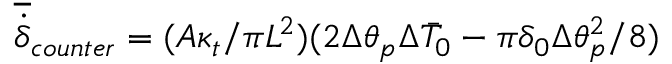
\overline { { \dot { \delta } } } _ { c o u n t e r } = ( A \kappa _ { t } / \pi L ^ { 2 } ) ( 2 \Delta \theta _ { p } \Delta \bar { T } _ { 0 } - \pi \delta _ { 0 } \Delta \theta _ { p } ^ { 2 } / 8 )